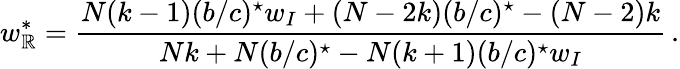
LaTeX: w_{\mathbb{R}}^{*}=\frac{{N(k-1)(b/c)^{\star}w_{I}+(N-2k)(b/c)^{\star}-(N-2)k}}{{Nk+N(b/c)^{\star}-N(k+1)(b/c)^{\star}w_{I}}}\, .